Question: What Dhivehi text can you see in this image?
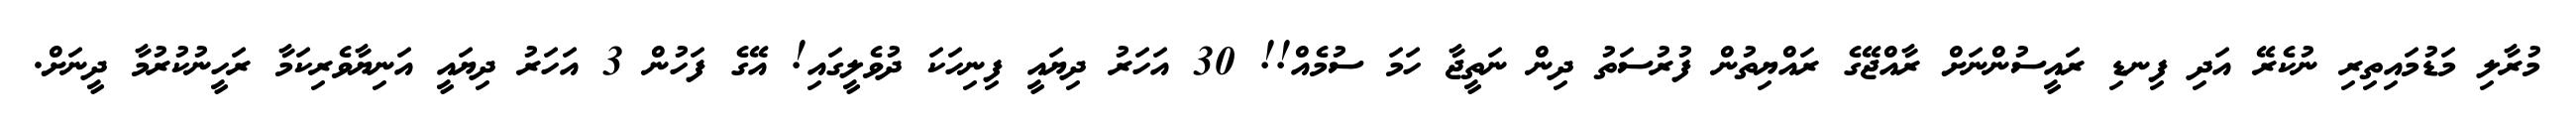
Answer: މުރާލި މަޑުމައިތިރި ނުކެރޭ އަދި ފިނޑި ރައީސުންނަށް ރާއްޖޭގެ ރައްޔިތުން ފުރުސަތު ދިން ނަތީޖާ ހަމަ ސުމެއް!! 30 އަހަރު ދިޔައީ ފިނިހަކަ ދުވެލީގައި! އޭގެ ފަހުން 3 އަހަރު ދިޔައީ އަނިޔާވެރިކަމާ ރަހީނުކުރުމާ ދީނަށް.